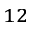
^ { 1 2 }